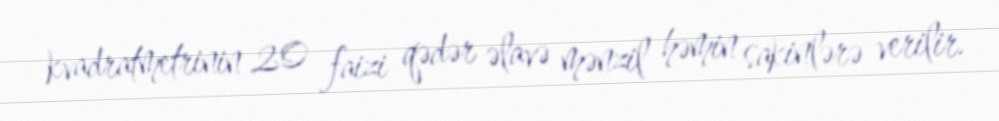
kvadratmetrinin 20 faizi qədər əlavə mənzil həmin sakinlərə verilir.